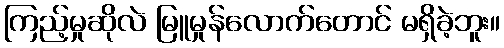
ကြည့်မှုဆိုလဲ မြူမှုန်လောက်တောင် မရှိခဲ့ဘူး။